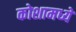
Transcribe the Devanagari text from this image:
कोशामध्ये